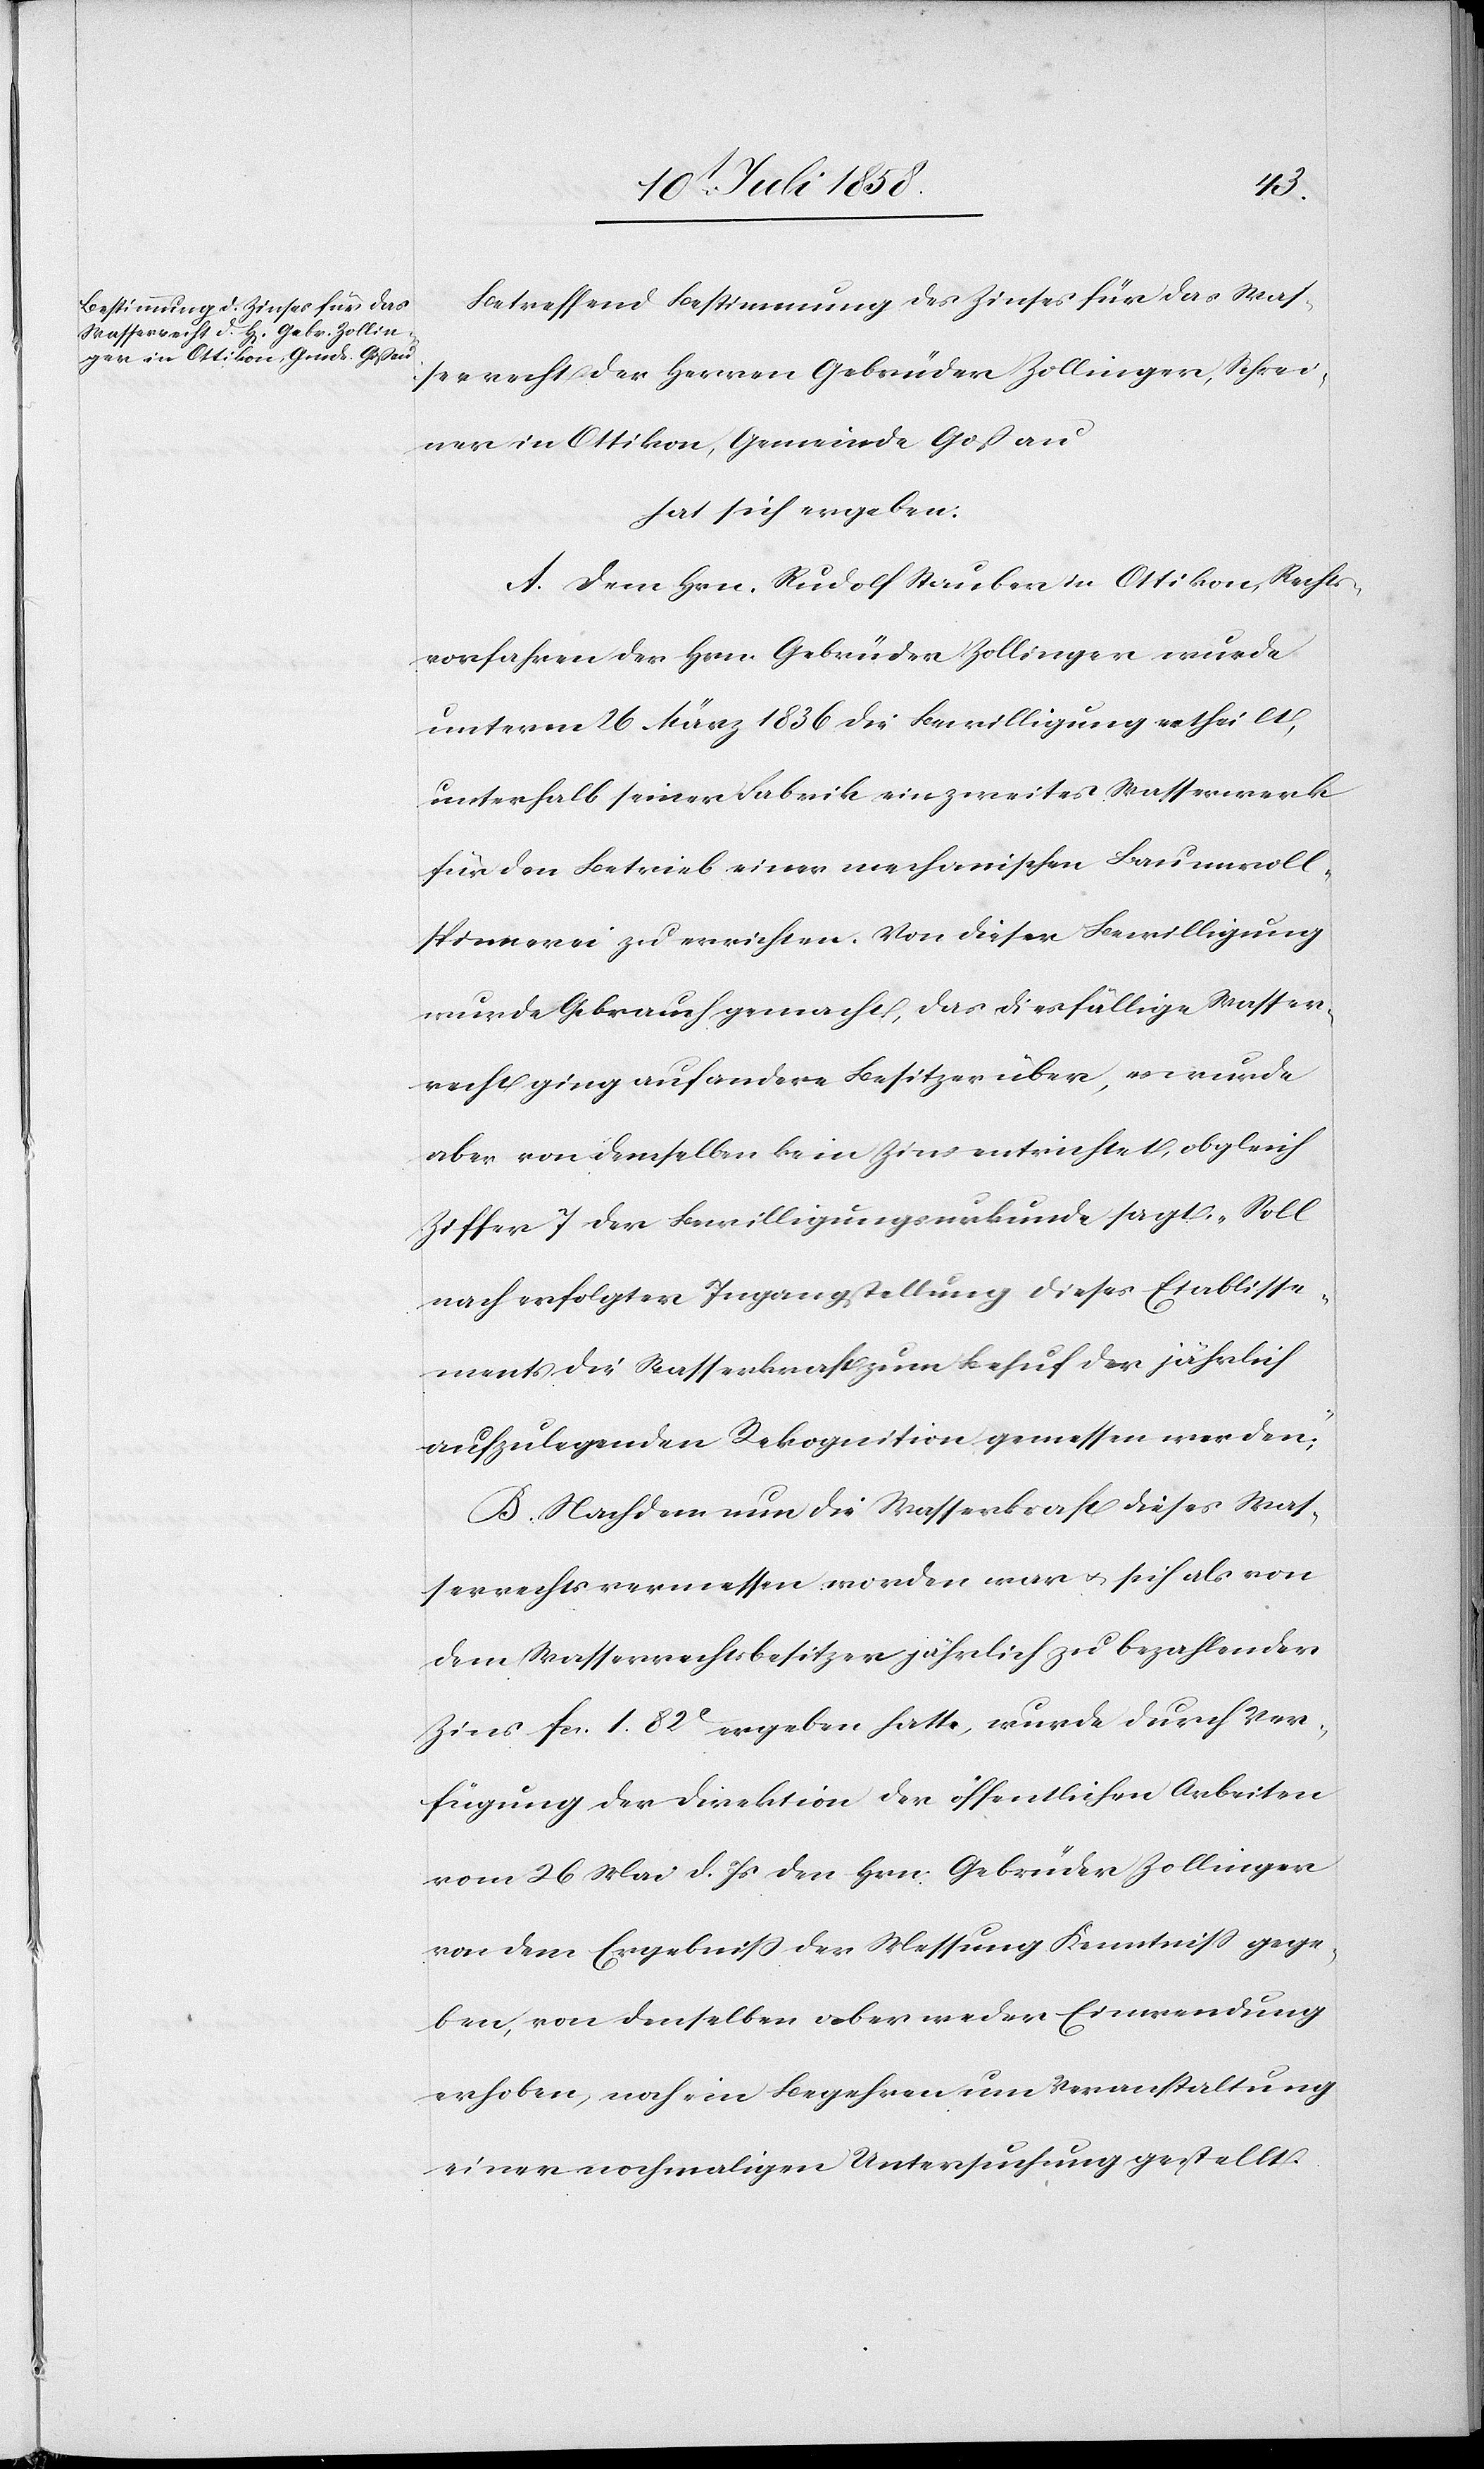
Betreffend Bestimmung des Zinses für das Was¬
serrecht der Herren Gebrüder Zollinger, Schrei¬
ner in Ottikon, Gemeinde Goßau
hat sich ergeben:
A. Dem Hrn. Rudolf Stauber in Ottikon, Rechts¬
vorfahren der Hrn. Gebrüder Zollinger wurde
unterm 26 März 1836 die Bewilligung ertheilt,
unterhalb seiner Fabrik ein zweites Wasserwerk
für den Betrieb einer mechanischen Baumwoll¬
spinnerei zu errichten. Von dieser Bewilligung
wurde Gebrauch gemacht, das diesfällige Wasser¬
recht ging auf andere Besitzer über, es wurde
aber von demselben kein Zins entrichtet, obgleich
Ziffer 7 der Bewilligungsurkunde sagt: „Soll
nach erfolgter Ingangstellung dieses Etablisse¬
ments die Wasserkraft zum Behuf der jährlich
aufzulegenden Rekognition gemessen werden“;
B. Nachdem nun die Wasserkraft dieses Was¬
serrechts vermessen worden war & sich als von
dem Wasserrechtsbesitzer jährlich zu bezahlender
Zins fcs. 1. 82C ergeben hatte, wurde durch Ver¬
fügung der Direktion der öffentlichen Arbeiten
vom 26 Mai d. Js den Hrn. Gebrüder Zollinger
von dem Ergebniss der Messung Kenntniss gege¬
ben, von denselben aber weder Einwendung
erhoben, noch ein Begehren um Veranstaltung
einer nochmaligen Untersuchung gestellt.